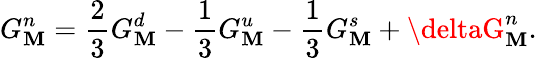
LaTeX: G_{\mathbf{M}}^{n}=\frac{{2}}{{3}}G_{\mathbf{M}}^{d}-\frac{{1}}{{3}}G_{\mathbf{M}}^{u}-\frac{{1}}{{3}}G_{\mathbf{M}}^{s}+\deltaG_{\mathbf{M}}^{n}.